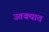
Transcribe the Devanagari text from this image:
उतक्यात